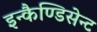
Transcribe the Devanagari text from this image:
इन्कैण्डिसेन्ट